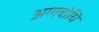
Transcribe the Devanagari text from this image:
अग्गबोधि